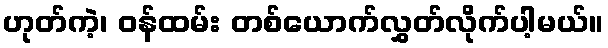
ဟုတ်ကဲ့၊ ဝန်ထမ်း တစ်ယောက်လွှတ်လိုက်ပါ့မယ်။